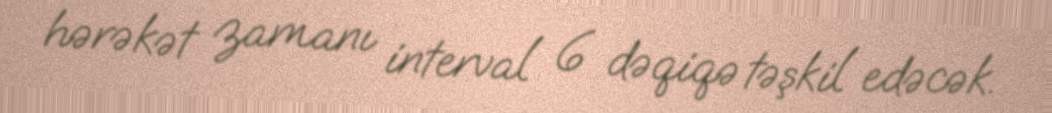
hərəkət zamanı interval 6 dəqiqə təşkil edəcək.